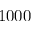
1 0 0 0